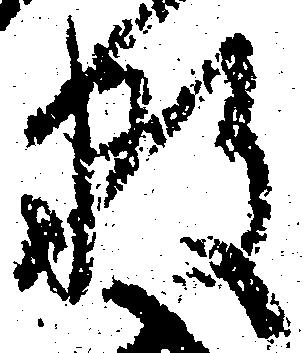
数